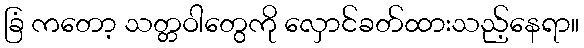
ခြံ ကတော့ သတ္တဝါတွေကို လှောင်ခတ်ထားသည့်နေရာ။